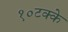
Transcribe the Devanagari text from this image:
१०टक्के